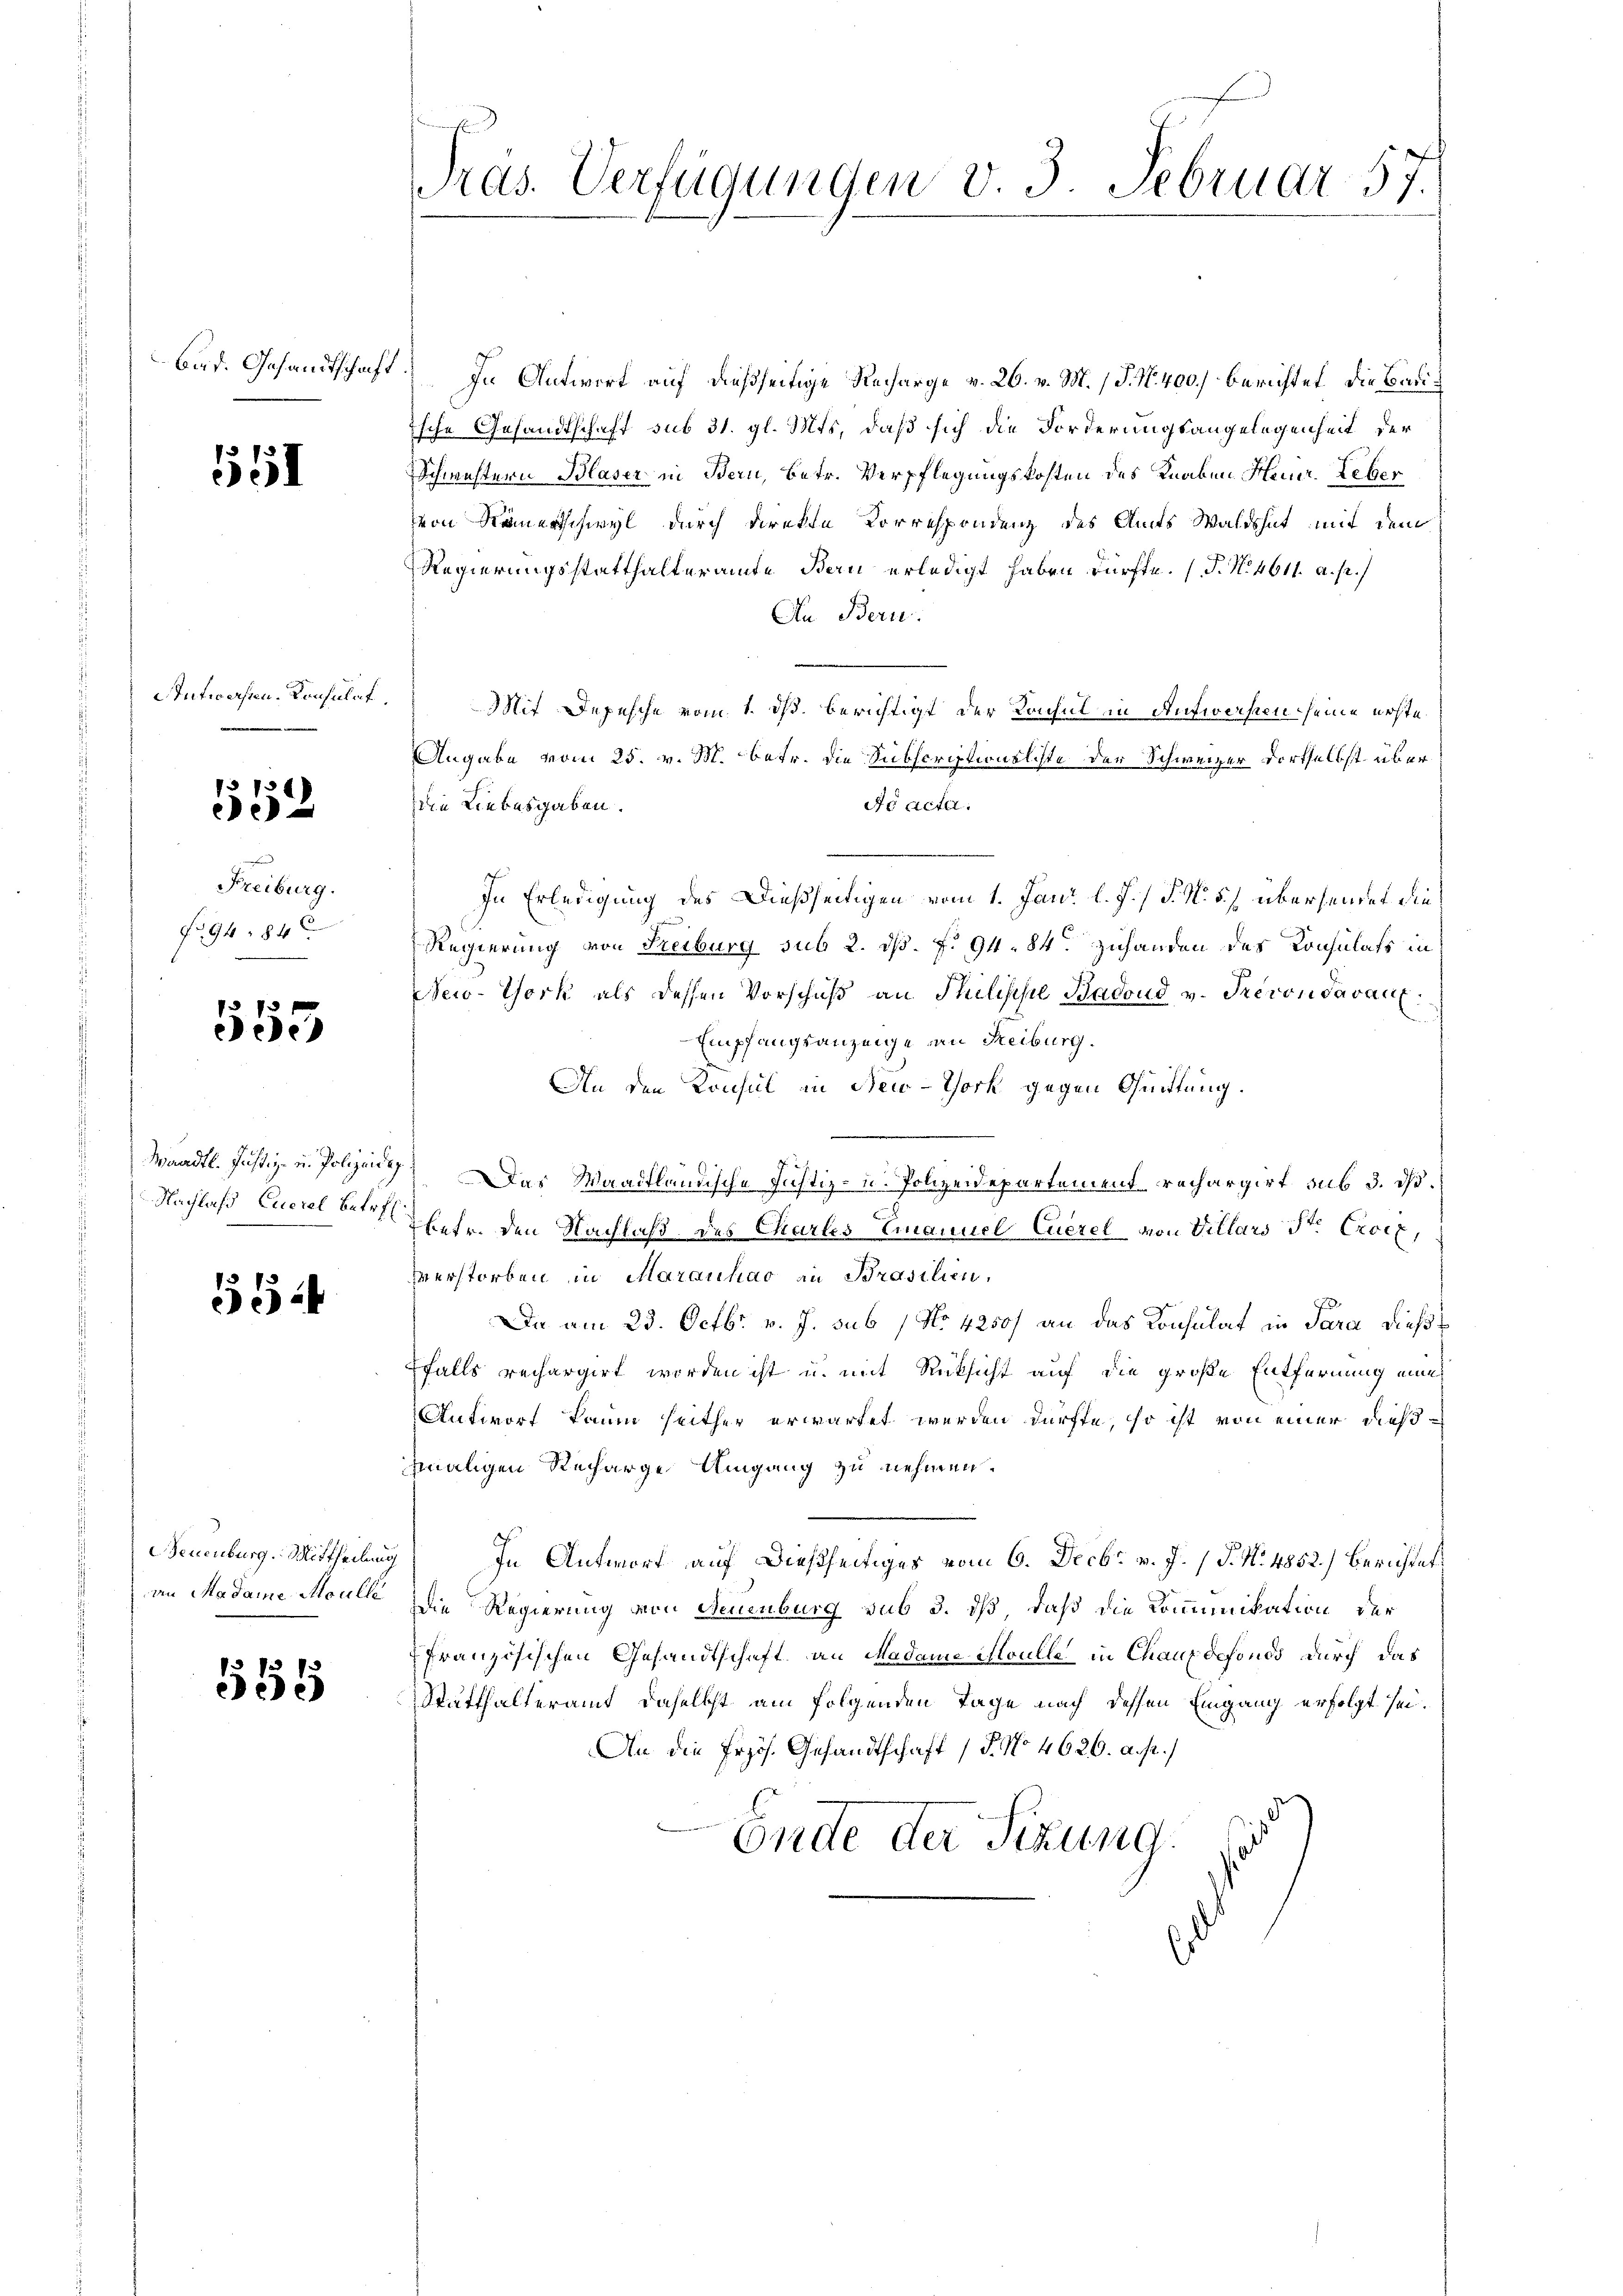
Bur. Gesandtschaft.

1551

Antworfen. Konsulat

3158)
e

Freiburg.
fr. 94. 84

555

Waadt. Justiz- und Polizeide
Nachlaß Euerel Betref

554

Neuenburg. Mittheilung
an Madame Moull

558

Pras. Verfügungen v. 3. Februar 57.

In Antwort auf dießseitige Recharge v. 26. v. M. P. Nr. 400.) berichtet, die Bau¬
Esche Gesandtschaft sub 31. gl. Mts, daß sich die Forderungsangelegenheit der
Schwistern Blaser in Bern, Betr. Verpflegungskosten des Knaben Heinr. Leber
von Nauerschwyl durch direkte Korrespondenz des Amts Waldshut mit dem
Regierungsstatthalteramte Bern erledigt haben dürfte. (T. N. 4611. a. p.)
An Bern.
Mit Depesche vom 1. ds. berichtigt der Konsul in Aufwerfen seine erste
Angabe vom 25. v. M. betr. die Subscriptionsliste der Schweizer dortselbst über
Die Liebesgaben.
ds acta.
In Erledigung des Dießseitigen vom 1. Jani l. J. P. N. 5) übersendet die
Regierung von Freiburg sub 2. ds. f. 94. 84. Zuhanden des Konsulats in
New-York als dessen Vorschuß an Philische Badend v. Prevon Savan
Empfangsanzeige an Reiburg.
An den Konsul in New-York gegen Quittung.
Das Waadtländische Justiz- u. Polizeidepartement rechargirt sub 3. ds.
betr. den Nachlaß des Chartes Emanuel Euerel von Villars St. Croix,
verstorben in Marauhao an Brasilien.
Da am 23. Octbr. v. J. sub No 4250) an das Konsulat in Sara dießfalls rechargirt worden ist u. mit Rücksicht auf die große Entfernung man
Antwort kaum seither erwartet werden dürfte, so ist von einer dießmaligen Recharge Umgang zu nehmen.
In Antwort auf dießseitiges vom 6. Decbr. v. J. P. Nr. 4852.) Berichtet
Die Regierung von Neuenburg sub 3. dß daß die Kommunikation der
ffranzösischen Gesandtschaft an Madame Soulle in Chauxdefonds durch das
Statthalteramt daselbst am folgenden Tage nach dessen Eingang erfolgt sei.
An die Erzös. Gesandtschaft (§. No 4626. a. p.)
Ende der Sizung